Civil Veterinary Dept. Bombay admin report 1900-1906 - 1900-1906
Year: 1900
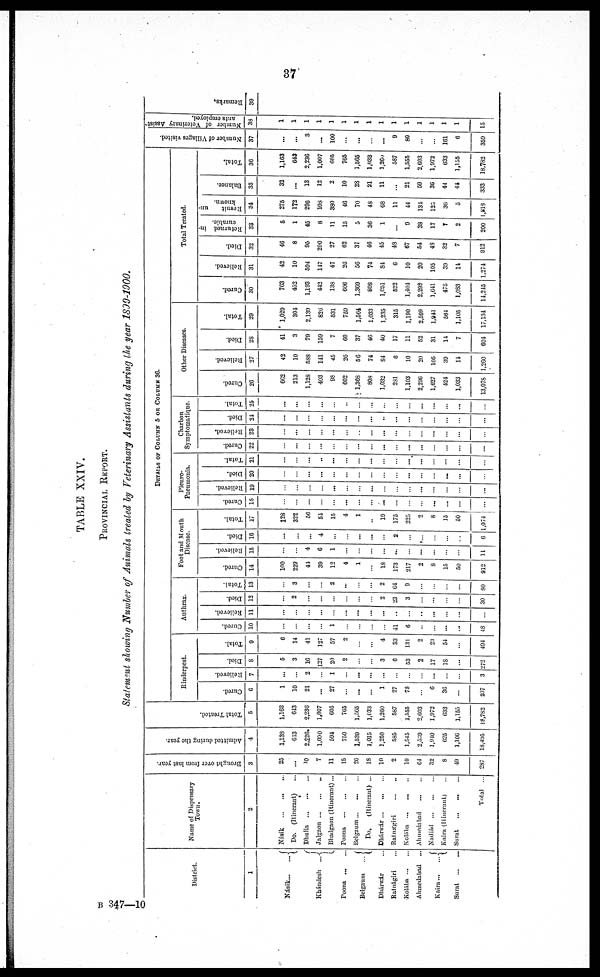
37
TABLE XXIV.
PROINCIAL
REPORT.
Statement showing Number of Animals treated by Veterinary Assistants during the year 1899-1900.
District.
1
Násik...
...
Khándesh ...
Poona
...
...
Belgaum
...
Dhárwár ...
Ratnágiri ...
Kolába ... ...
Ahmedabad ...
Kaira...
...
Sarat
...
...
Name of Dispensary
Town.
2
Násik
...
...
...
Do. (Itinerant)
Dhulia
...
...
...
Jalgaon
...
...
..
Bhadgaon (Itinerant)...
Poona
...
...
...
Belgaum
...
...
...
Do.
(Itinerant) ...
Dhárwár
...
...
...
Ratnagiri
...
..
Kolába
...
...
..
Ahmedabad
...
...
Nadiád ...
...
...
Kaira (Itinerant) ...
Surat
...
...
...
Total ...
Brought over from last year.
3
25
...
10
7
11
15
26
18
10
2
10
64
32
8
49
287
Admitted during the year.
4
1,133
613
2,226
1,000
594
750
1,539
1,015
1,250
585
1,545
2,539
1,910
625
1,100
18,495
Total Treated.
5
1,163
643
2,236
1,007
605
765
1,505
1,033
1,260
587
1,555
2,603
1,972
633
1,155
18,782
DETAILS OF COLUMN 5 OR COLUMN 36 .
Rinderpest.
Cured.
6
1
10
21
...
27
...
...
...
1
27
78
...
6
30
...
207
Relieved.
7
...
...
2
...
1
...
...
...
...
...
...
...
...
...
...
3
Died.
8
5
3
10
127
20
2
...
...
3
6
53
2
17
18
...
272
Total.
9
6
14
41
127
57
2
...
...
4
33
131
2
23
54
...
494
Anthrax.
Cured.
10
...
...
...
...
1
...
...
...
...
41
6
...
...
...
...
48
Relieved.
11
...
...
...
...
...
...
...
...
...
...
...
...
...
...
...
...
Died.
12
...
2
...
...
...
...
...
...
2
23
3
...
...
...
...
30
Total.
13
...
3
...
...
2
...
...
...
2
64
9
...
...
...
...
80
Foot and Mouth
Disease.
Cured.
14
100
229
44
39
12
4
1
...
18
173
217
2
8
15
50
912
Relieved.
15
...
...
4
6
1
...
...
...
...
...
...
...
...
...
...
11
Died.
16
...
...
...
4
...
...
...
...
...
2
...
....
...
...
...
6
Total.
17
128
322
56
54
15
4
1
...
19
175
225
2
8
15
50
1,074
Pleuro-
pneumonia.
Cured.
18
...
...
...
...
...
...
...
...
...
...
...
...
...
...
...
...
Relieved.
19
...
...
...
...
...
...
...
...
...
...
...
...
...
...
...
...
Died.
20
...
...
...
...
...
...
...
...
...
...
...
...
...
...
...
...
Total.
21
...
...
...
...
...
...
...
...
...
...
...
...
...
...
...
...
Charbon
Symptomatique.
Cured.
22
...
...
...
...
...
...
...
...
...
...
...
...
...
...
...
...
Relieved.
23
...
...
...
...
...
...
...
...
...
...
...
...
...
...
...
...
Died.
24
...
...
...
...
...
...
...
...
..
...
...
...
...
...
...
...
Total.
25
...
...
...
...
...
...
...
...
...
...
...
...
...
...
...
...
Other Diseases.
Cured.
26
602
213
1,123
403
98
602
1,368
808
1,032
281
1,103
2,290
1,627
424
1,033
13,078
Relieved.
27
42
10
588
141
45
26
56
74
84
6
10
20
105
39
11
1,260
Died.
28
41
3
79
159
7
60
37
46
40
17
11
52
31
14
7
604
Total.
29
1,029
304
2,139
826
531
759
1,564
1,033
1,235
315
1,190
2,599
1,941
564
1,105
17,134
Total Treated.
Cured.
30
763
452
1,193
442
138
606
1,369
808
1,651
522
1,401
2,298
1,641
475
1,083
14,215
Relieved.
31
42
10
594
147
47
26
56
74
84
6
10
20
105
39
14
1,274
Died.
32
46
8
95
290
27
62
37
46
45
48
67
54
43
32
7
912
Returned in-
curable.
33
5
1
45
8
11
15
5
36
1
...
9
38
17
7
2
200
Result
un-
known.
34
275
172
296
103
380
46
70
48
68
11
44
131
125
30
5
1,818
Balance.
35
32
...
13
12
2
10
28
21
11
...
21
59
36
44
44
333
Total.
36
1,163
643
2,236
1,007
605
765
1,565
1,033
1,260
587
1,555
2,603
1,972
633
1,155
18,782
Number of Villages visited.
37
...
...
3
...
100
...
...
...
...
9
80
...
...
161
6
359
Number of Veterinary Assist
ants employed.
38
1
1
1
1
1
1
1
1
1
1
1
1
1
1
1
15
Remarks.
39
B 347—10